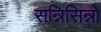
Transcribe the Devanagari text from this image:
सन्निसिन्नो